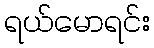
ရယ်မောရင်း